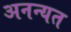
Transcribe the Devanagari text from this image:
अनन्यत